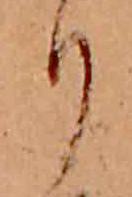
り